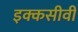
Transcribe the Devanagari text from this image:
इक्कसीवीं